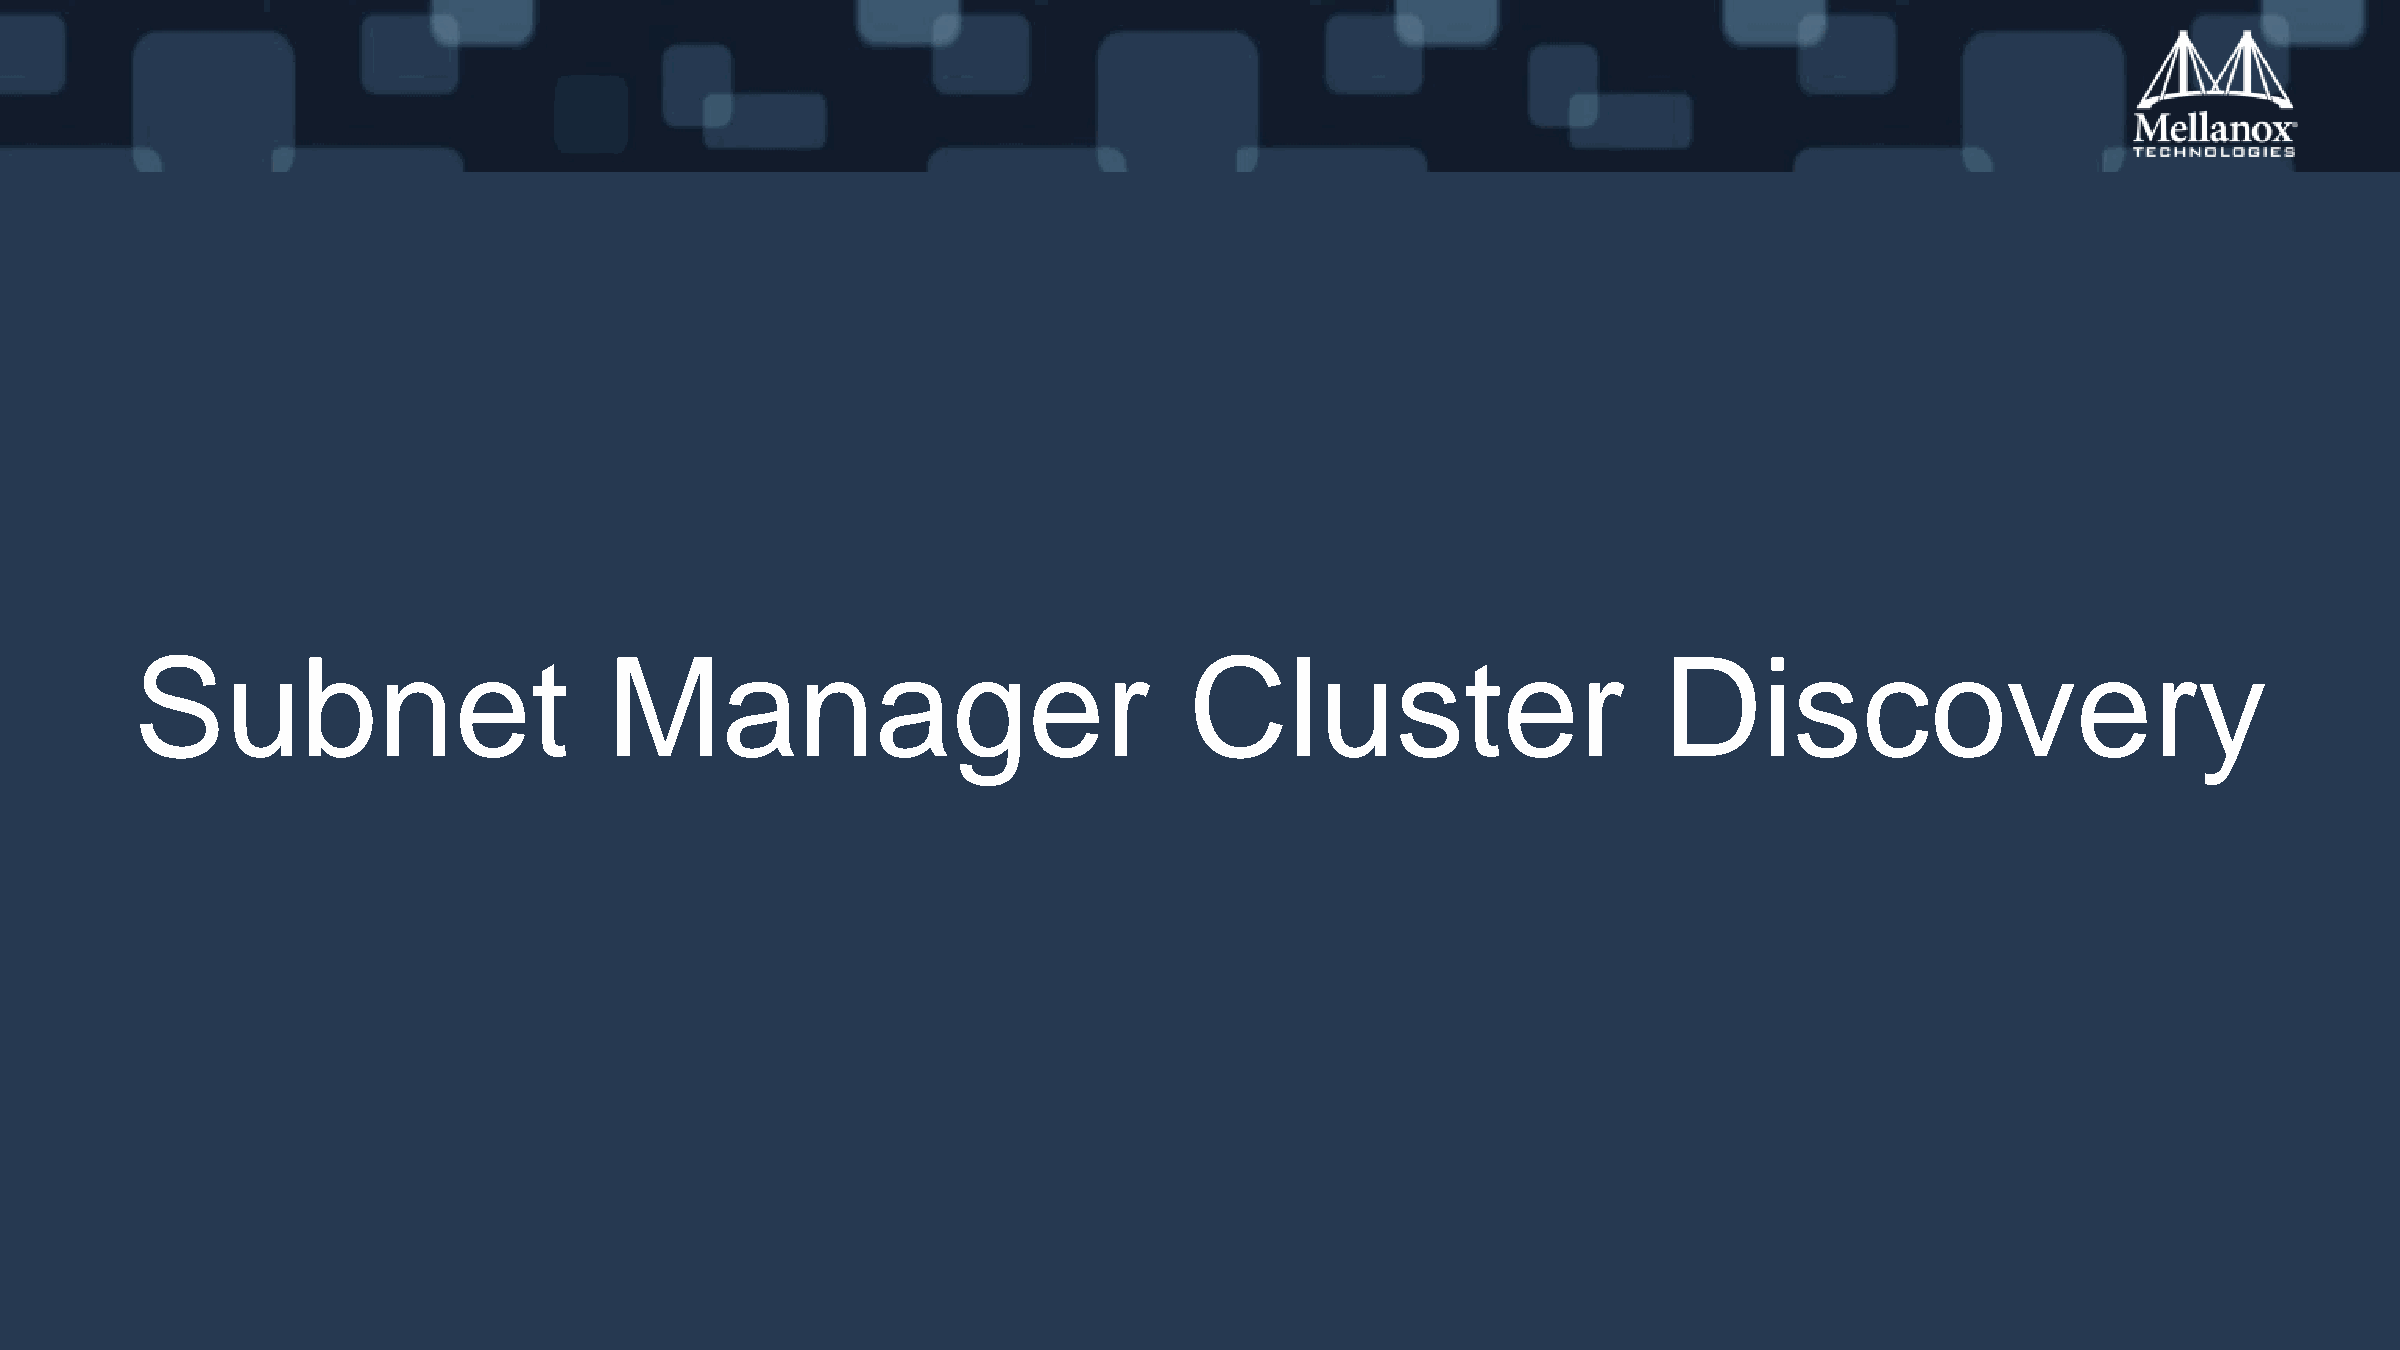
Subnet                         Manager                                Cluster                        Discovery
 Mellanox Training Center                                            Training Material                                                            24